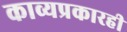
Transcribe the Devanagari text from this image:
काव्यप्रकारही